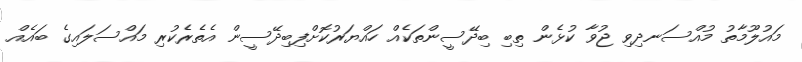
މައުލޫމާތު މުއްސަނދިވި ޖުވާ ކުޅެން ތިބި ބިދޭސީންތަކެއް ހައްޔަރުކޮށްފިބިދޭސީން އެތެރެކުރި މައްސަލައިގެ ބައެއް